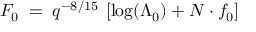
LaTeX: F _ { 0 } \; = \; q ^ { - 8 / 1 5 } \: \left[ \log ( \Lambda _ { 0 } ^ { } ) + N \cdot f _ { 0 } \right]